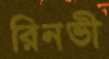
রিনভী